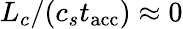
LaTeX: L_{c}/(c_{s}t_{\mathrm{acc}})\approx 0